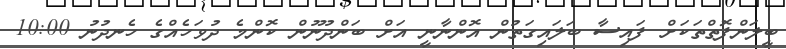
ބީލަންފޮތްތަކަށް ފައިސާ ބަލައިގަތުން އޮންނާނީ އަށް ބަންދުނޫން ކޮންމެ ދުވަހެއްގެ ހެނދުނު 10:00